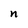
Character: n